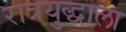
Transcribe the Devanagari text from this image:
रात्रयुद्धाला